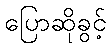
ပြောဆိုခွင့်